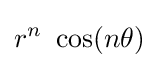
r^{n}~\cos(n\theta )